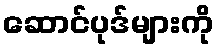
ဆောင်ပုဒ်များကို